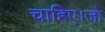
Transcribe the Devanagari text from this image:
चाहिए।जो